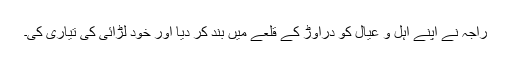
راجہ نے اپنے اہل و عیال کو دراوڑ کے قلعے میں بند کر دیا اور خود لڑائی کی تیاری کی۔